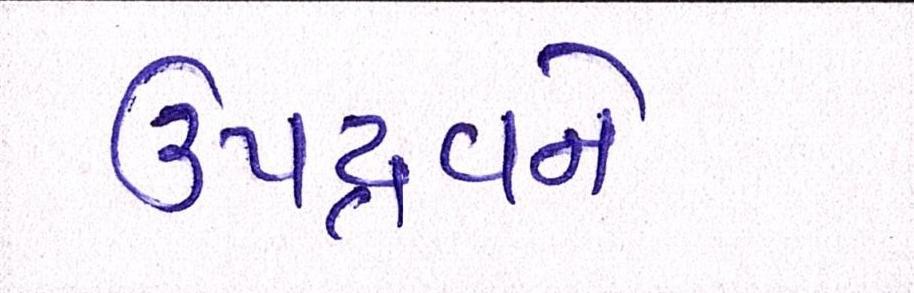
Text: ઉપદ્રવને